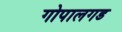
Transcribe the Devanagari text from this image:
गोपालगड